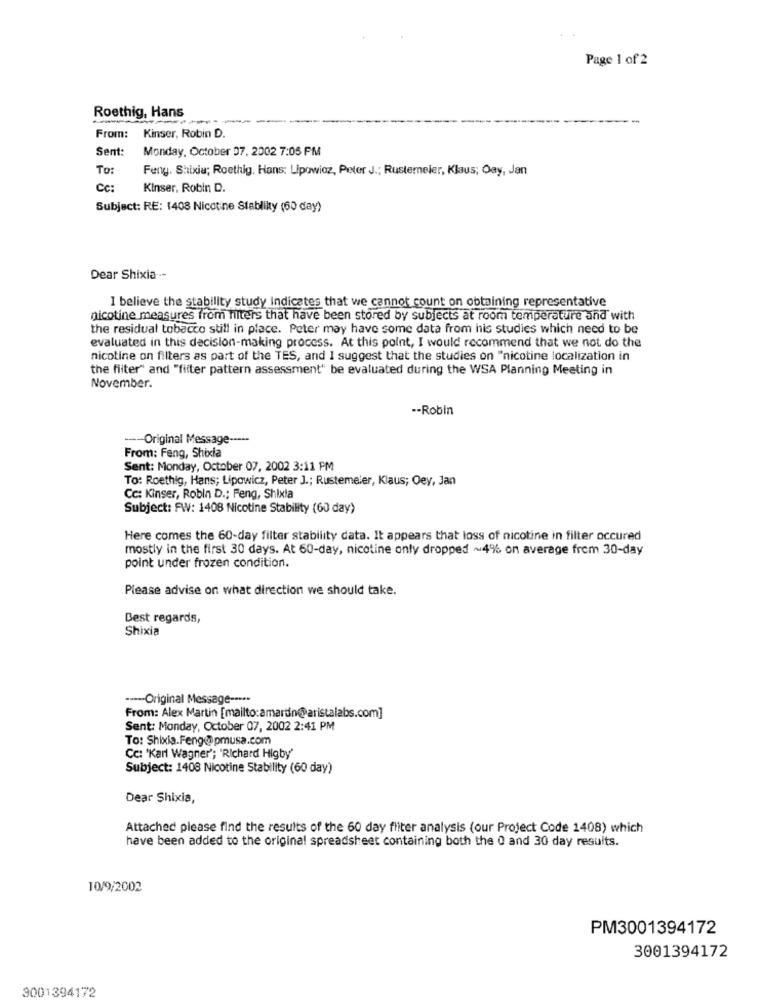
Page 1 of 2
Roethig, Hans
------
From:
Kinser, Robin D.
Sent:
Monday, October 07, 2002 7:05 PM
To:
Feng. Shixia; Roethig. Hans: Lipowicz, Peter J .; Rusterneler, Klaus; Oay, Jan
Cc:
Kinser, Robin D.
Subject: RE: 1408 Nicotine Stablikty (60 day)
Dear Shixia ··-
I believe the stability study indicates that we cannot count on obtaining representative
nicotine measures from filters that have been stored by subjects at room temperature and with
the residual tobacco still in place. Peter may have some data from his studies which need to be
evaluated in this decision-making process. At this point, I would recommend that we not do the
nicotine on filters as part of the TES, and I suggest that the studies on "nicotine localization in
the filter" and "filter pattern assessment" be evaluated during the WSA Planning Meeting in
November.
-- Robin
--- Original Message -----
From: Feng, Shixia
Sent: Monday, October 07, 2002 3:11 PM
To: Roethig, Hans; Lipowicz, Peter J .; Rustemeler, Klaus; Oey, Jan
Cc: Kinser, Robin D .; Feng, Shixia
Subject: FW: 1408 Nicotine Stability (60 day)
Here comes the 60-day filter stability data. It appears that loss of nicotine in filter occured
mostly in the first 30 days. At 60-day, nicotine only dropped ~4% on average frem 30-day
point under frozen condition.
Please advise on what direction we should take.
Best regards,
Shixia
---- Original Message -----
From: Alex Martin [mailto:amardin@ aristalabs.com]
Sent: Monday, October 07, 2002 2:41 PM
To: Shixia.Feng@@pmusa.com
Cc: 'Karl Wagner'; 'Richard Higby'
Subject: 1408 Nicotine Stability (60 day)
Dear Shixia,
Attached please find the results of the 60 day fliter analysis (our Project Code 1408) which
have been added to the original spreadsheet containing both the 0 and 30 day results.
10/9/2002
PM3001394172
3001394172
3001394172